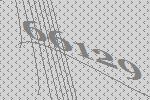
66129